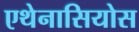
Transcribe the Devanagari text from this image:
एथेनासियोस